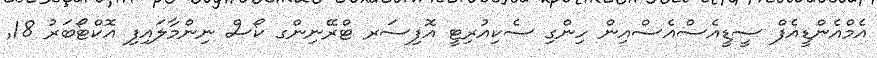
އެމްއެންޑީއެފް ސީޑީއެސްއެސްއިން ހިންގި ސެކިއުރިޓީ އޮފިސަރ ޓްރޭނިންގ ކޯސް ނިންމާލައިފި އޮކްޓޯބަރު 18